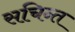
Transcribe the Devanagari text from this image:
सचिन्त